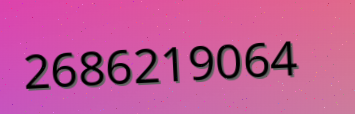
2686219064